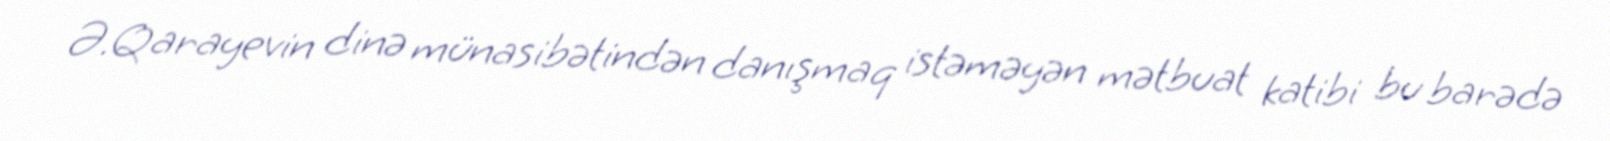
Ə.Qarayevin dinə münasibətindən danışmaq istəməyən mətbuat katibi bu barədə